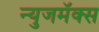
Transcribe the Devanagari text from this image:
न्युजमॅक्स